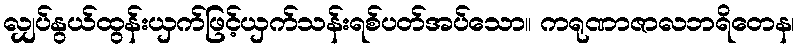
လျှပ်နွယ်ထွန်းယှက်ဖြင့်ယှက်သန်းရစ်ပတ်အပ်သော။ ကရုဏာဇာလဘရိတေန၊